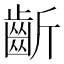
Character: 齗